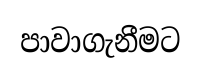
පාවාගැනීමට